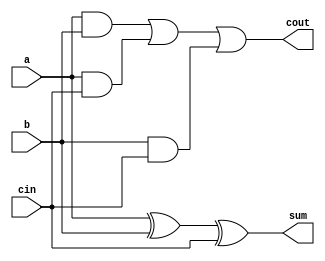

module fulladder(a,b,cin,cout,sum);
   input a,b,cin;
   output cout,sum;
   wire   w1,w2,w3,w4;
   
   xor #(10) (w1, a, b);
   xor #(10) (sum, w1, cin);
   and #(8)  (w2, a, b);
   and #(8)  (w3, a, cin);
   and #(8)  (w4, b, cin);
   or #(10, 8) (cout, w2, w3, w4);
endmodule